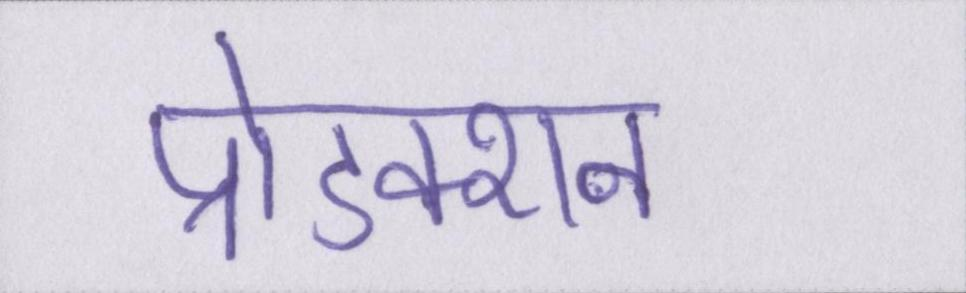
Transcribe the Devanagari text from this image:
प्रोडक्शन